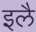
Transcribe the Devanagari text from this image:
इलै